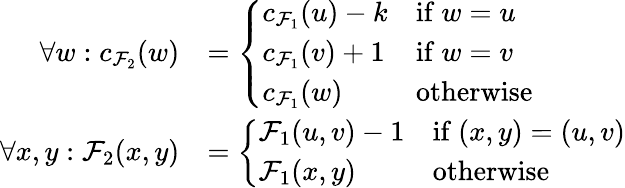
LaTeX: \begin{array}{rl}{\forall w:c_{\mathcal{F}_{2}}(w)}&{=\left\{ \begin{array}{ll}{c_{\mathcal{F}_{1}}(u)-k}&{\mathrm{if}~w=u}\\ {c_{\mathcal{F}_{1}}(v)+1}&{\mathrm{if}~w=v}\\ {c_{\mathcal{F}_{1}}(w)}&{\mathrm{otherwise}}\end{array}\right.}\\ {\forall x,y:\mathcal{F}_{2}(x,y)}&{=\left\{ \begin{array}{ll}{\mathcal{F}_{1}(u,v)-1}&{\mathrm{if}~(x,y)=(u,v)}\\ {\mathcal{F}_{1}(x,y)}&{\mathrm{otherwise}}\end{array}\right.}\end{array}